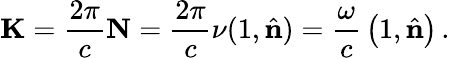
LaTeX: \mathbf{K}={\frac{2\pi}{c}}\mathbf{N}={\frac{2\pi}{c}}\nu(1,{\hat{\mathbf{n}}})={\frac{\omega}{c}}\left(1,{\hat{\mathbf{n}}}\right)\, .